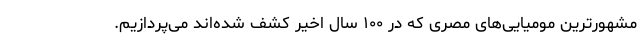
مشهورترین مومیایی‌های مصری که در ۱۰۰ سال اخیر کشف شده‌اند می‌پردازیم.